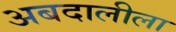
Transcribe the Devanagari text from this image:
अबदालीला